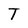
Character: T